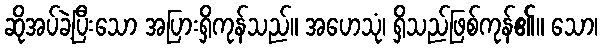
ဆိုအပ်ခဲ့ပြီးသော အပြားရှိကုန်သည်။ အဟေသုံ၊ ရှိသည်ဖြစ်ကုန်၏။ သော၊